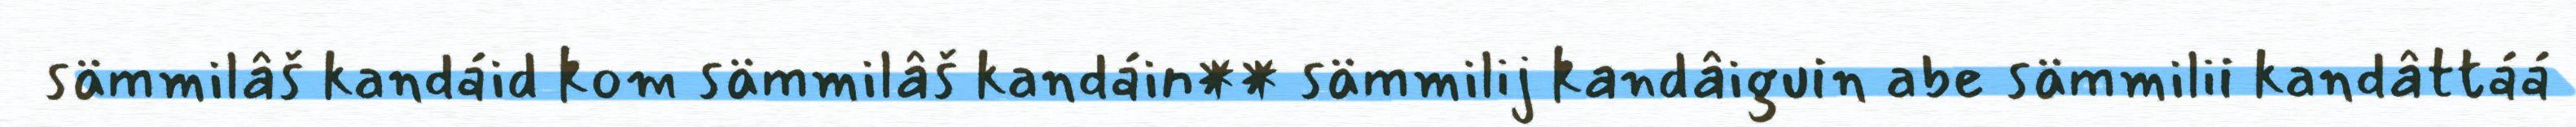
sämmilâš kandáid kom sämmilâš kandáin** sämmilij kandâiguin abe sämmilii kandâttáá